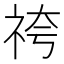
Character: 𮁯